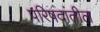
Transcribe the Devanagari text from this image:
परिषदांतील